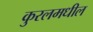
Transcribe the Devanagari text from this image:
कुरलमधील